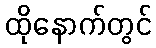
ထိုနောက်တွင်